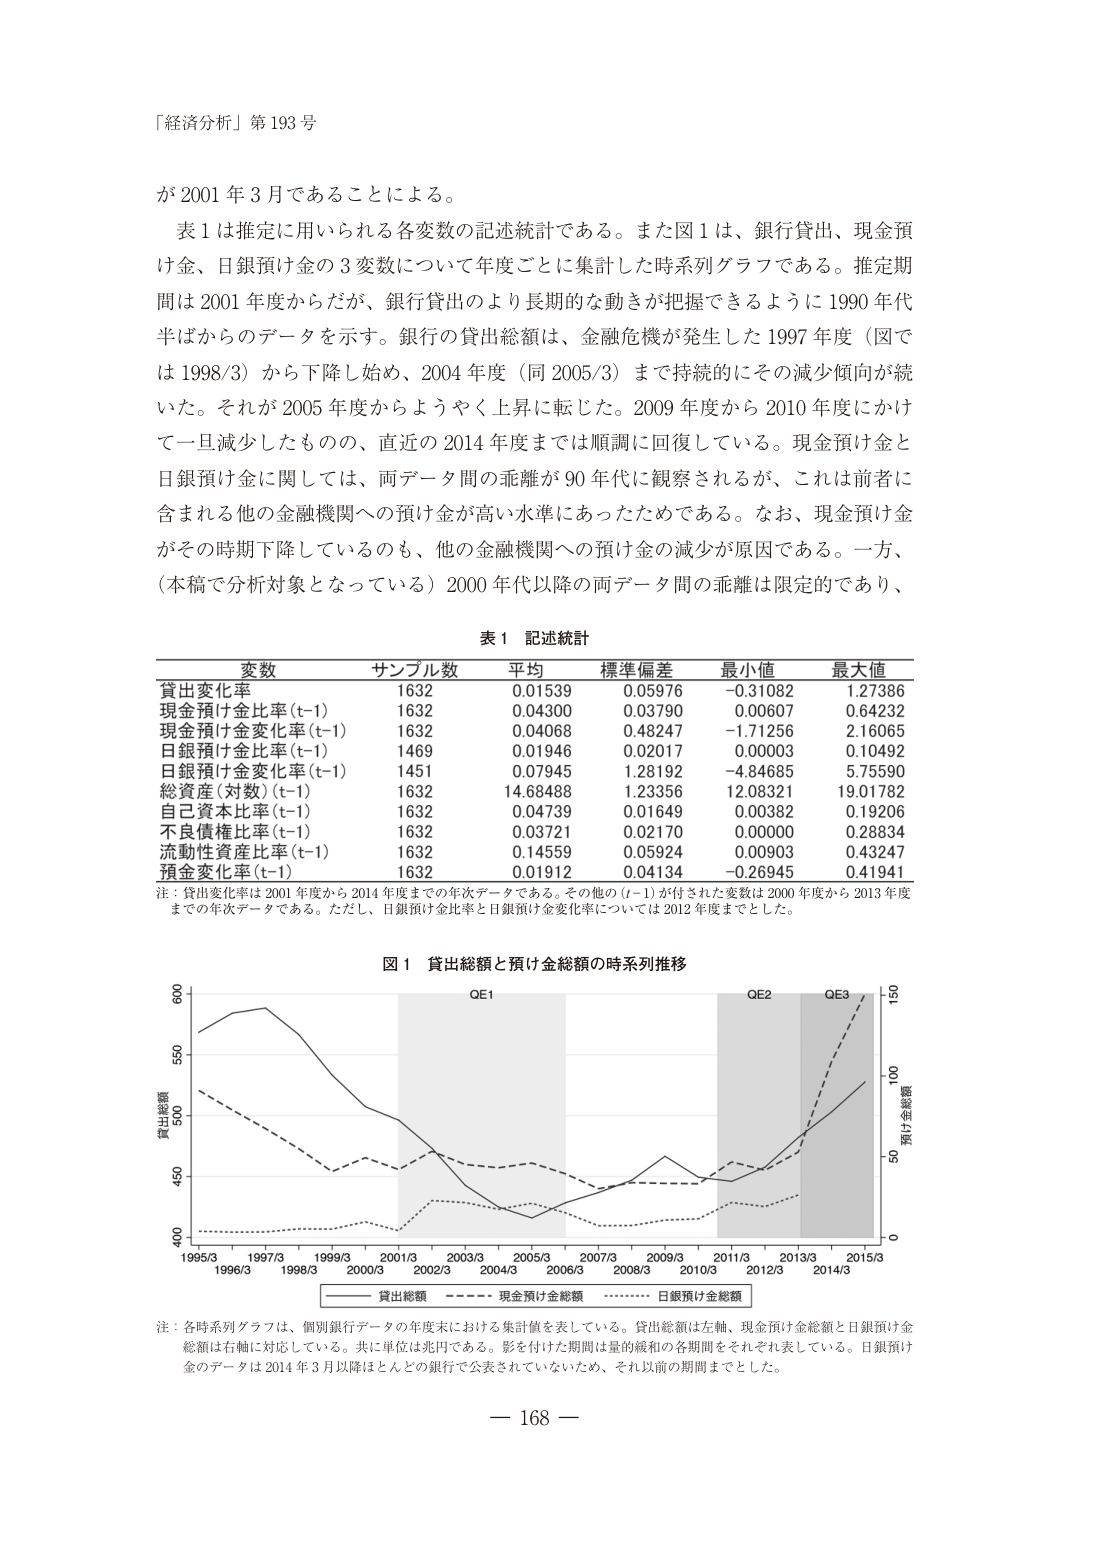
「経済分析」第 193 号

が 2001 年 3 月であることによる。

表 1 は推定に用いられる各変数の記述統計である。また図 1 は、銀行貸出、現金預け金、日銀預け金の 3 変数について年度ごとに集計した時系列グラフである。推定期間は 2001 年度からだが、銀行貸出のより長期的な動きが把握できるように 1990 年代半ばからのデータを示す。銀行の貸出総額は、金融危機が発生した 1997 年度（図では 1998/3）から下降し始め、2004 年度（同 2005/3）まで持続的にその減少傾向が続いた。それが 2005 年度からようやく上昇に転じた。2009 年度から 2010 年度にかけて一旦減少したものの、直近の 2014 年度までは順調に回復している。現金預け金と日銀預け金に関しては、両データ間の乖離が 90 年代に観察されるが、これは前者に含まれる他の金融機関への預け金が高い水準にあったためである。なお、現金預け金がその時期下降しているのも、他の金融機関への預け金の減少が原因である。一方、（本稿で分析対象となっている）2000 年代以降の両データ間の乖離は限定的であり、

表 1 記述統計

変数 サンプル数 平均 標準偏差 最小値 最大値
貸出変化率 1632 0.01539 0.05976 -0.31082 1.27386
現金預け金比率 (t-1) 1632 0.04300 0.03790 0.00607 0.64232
現金預け金変化率 (t-1) 1632 0.04068 0.48247 -1.71256 2.16065
日銀預け金比率 (t-1) 1469 0.01946 0.02017 0.00003 0.10492
日銀預け金変化率 (t-1) 1451 0.07945 1.28192 -4.84685 5.75590
総資産 (対数) (t-1) 1632 14.68488 1.23356 12.08321 19.01782
自己資本比率 (t-1) 1632 0.04739 0.01649 0.00382 0.19206
不良債権比率 (t-1) 1632 0.03721 0.02170 0.00000 0.28834
流動性資産比率 (t-1) 1632 0.14559 0.05924 0.00903 0.43247
預金変化率 (t-1) 1632 0.01912 0.04134 -0.26945 0.41941

注：貸出変化率は 2001 年度から 2014 年度までの年次データである。その他の (t-1) が付された変数は 2000 年度から 2013 年度までの年次データである。ただし、日銀預け金比率と日銀預け金変化率については 2012 年度までとした。

図 1 貸出総額と預け金総額の時系列推移

QE1 QE2 QE3
800 150
550 100
500 50
450 0
400
1995/3 1997/3 1999/3 2001/3 2003/3 2005/3 2007/3 2009/3 2011/3 2013/3 2015/3
1996/3 1998/3 2000/3 2002/3 2004/3 2006/3 2008/3 2010/3 2012/3 2014/3
貸出総額 ———— 現金預け金総額 ………… 日銀預け金総額

注：各時系列グラフは、個別銀行データの年度末における集計値を表している。貸出総額は左軸、現金預け金総額と日銀預け金総額は右軸に対応している。共に単位は兆円である。影を付けた期間は量的緩和の各期間をそれぞれ表している。日銀預け金のデータは 2014 年 3 月以降ほとんどどの銀行で公表されていないため、それ以前の期間までとした。

— 168 —